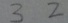
3 2